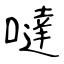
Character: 噠